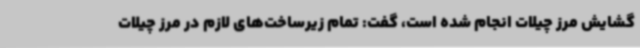
گشایش مرز چیلات انجام شده است، گفت: تمام زیرساخت‌های لازم در مرز چیلات